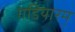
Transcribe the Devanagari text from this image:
गडियारम्